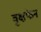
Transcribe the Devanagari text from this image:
वृक्षफेन